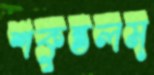
শকুন্তলম্